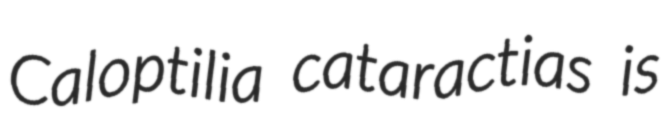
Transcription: Caloptilia cataractias is